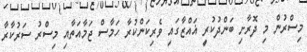
މިސްރުން މި ދޮރާށި ބަންދުކުރީ ޣައްޒާގައި ވެރިކަންކުރާ ހަމާސް ޖަމާއަތާއި މިސްރު ސަރުކާރާ